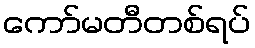
ကော်မတီတစ်ရပ်